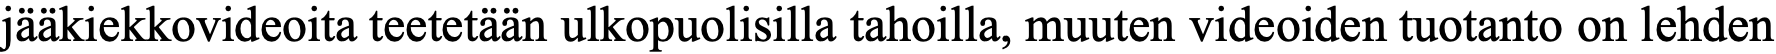
jääkiekkovideoita teetetään ulkopuolisilla tahoilla, muuten videoiden tuotanto on lehden